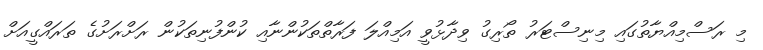
މި ރަސްމިއްޔާތުގައި މިނިސްޓަރު ތޯރިގު ވިދާޅުވީ އަމިއްލަ ފަރާތްތަކުންނާއި ކުންފުނިތަކުން ރަށްރަށުގެ ތަރައްގީއަށް